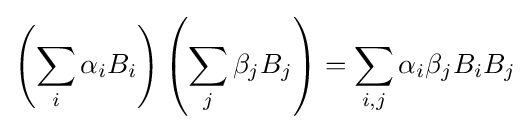
\left(\sum _{i}\alpha _{i}B_{i}\right)\left(\sum _{j}\beta _{j}B_{j}\right)=\sum _{i,j}\alpha _{i}\beta _{j}B_{i}B_{j}